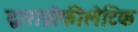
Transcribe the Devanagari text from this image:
द्वाराप्रोफीलेटिक